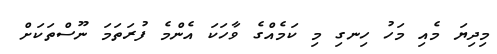
މިދިޔަ މެއި މަހު ހިނގި މި ކަމެއްގެ ވާހަކަ އެންމެ ފުރަތަމަ ނޫސްތަކަށް